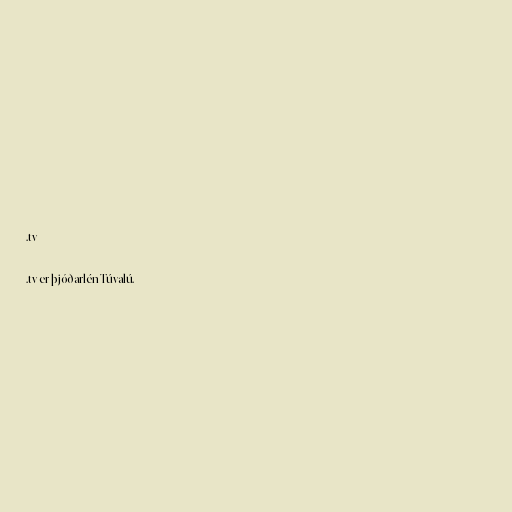
.tv

.tv er þjóðarlén Túvalú.